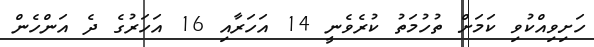
ހަށިވިއްކުވި ކަމަށް ތުހުމަތު ކުރެވެނީ 14 އަހަރާއި 16 އަހަރުގެ ދެ އަންހެން